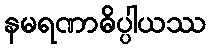
နမရဏာဓိပ္ပါယဿ